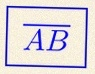
\overline{AB}